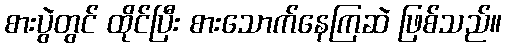
စားပွဲတွင် ထိုင်ပြီး စားသောက်နေကြဆဲ ဖြစ်သည်။